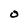
Character: 0